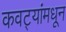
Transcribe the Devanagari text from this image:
कवट्यांमधून